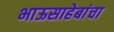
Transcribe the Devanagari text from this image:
भाऊसाहेबांचा